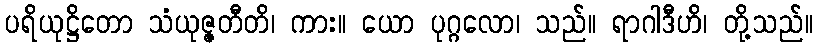
ပရိယုဋ္ဌိတော သံယုဇ္ဇတီတိ၊ ကား။ ယော ပုဂ္ဂလော၊ သည်။ ရာဂါဒီဟိ၊ တို့သည်။